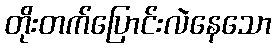
တိုးတက်ပြောင်းလဲနေသော